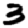
Digit: 3